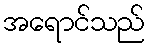
အရောင်သည်